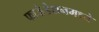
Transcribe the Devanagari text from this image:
फाऊंडेशनमध्ये